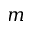
m